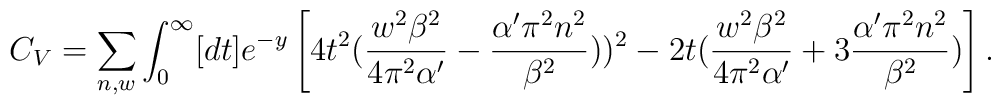
C_V =  \sum_{n,w} \int_{0}^{\infty} [dt] e^{-y}  \left [   4 t^2 ({{w^2 \beta^2}\over{4\pi^2 \alpha^{\prime}}} -   {{\alpha^{\prime} \pi^2 n^2}\over{\beta^2}} ))^2   - 2t ({{w^2 \beta^2}\over{4\pi^2 \alpha^{\prime}}} +   3 {{\alpha^{\prime} \pi^2 n^2}\over{\beta^2}} )\right ] .